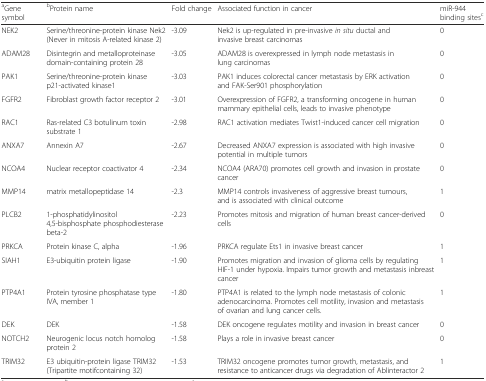
<table><thead><tr><td><b><sup>a</sup>Gene symbol</b></td><td><b><sup>b</sup>Protein name</b></td><td><b>Fold change</b></td><td><b>Associated function in cancer</b></td><td><b>miR-944 binding sites<sup>c</sup></b></td></tr></thead><tbody><tr><td>NEK2</td><td>Serine/threonine-protein kinase Nek2 (Never in mitosis A-related kinase 2)</td><td>-3.09</td><td>Nek2 is up-regulated in pre-invasive <i>in situ</i> ductal and invasive breast carcinomas</td><td>0</td></tr><tr><td>ADAM28</td><td>Disintegrin and metalloproteinase domain-containing protein 28</td><td>-3.05</td><td>ADAM28 is overexpressed in lymph node metastasis in lung carcinomas</td><td>0</td></tr><tr><td>PAK1</td><td>Serine/threonine-protein kinase p21-activated kinase1</td><td>-3.03</td><td>PAK1 induces colorectal cancer metastasis by ERK activation and FAK-Ser901 phosphorylation</td><td>0</td></tr><tr><td>FGFR2</td><td>Fibroblast growth factor receptor 2</td><td>-3.01</td><td>Overexpression of FGFR2, a transforming oncogene in human mammary epithelial cells, leads to invasive phenotype</td><td>0</td></tr><tr><td>RAC1</td><td>Ras-related C3 botulinum toxin substrate 1</td><td>-2.98</td><td>RAC1 activation mediates Twist1-induced cancer cell migration</td><td>0</td></tr><tr><td>ANXA7</td><td>Annexin A7</td><td>-2.67</td><td>Decreased ANXA7 expression is associated with high invasive potential in multiple tumors</td><td>0</td></tr><tr><td>NCOA4</td><td>Nuclear receptor coactivator 4</td><td>-2.34</td><td>NCOA4 (ARA70) promotes cell growth and invasion in prostate cancer</td><td>0</td></tr><tr><td>MMP14</td><td>matrix metallopeptidase 14</td><td>-2.3</td><td>MMP14 controls invasiveness of aggressive breast tumours, and is associated with clinical outcome</td><td>1</td></tr><tr><td>PLCB2</td><td>1-phosphatidylinositol 4,5-bisphosphate phosphodiesterase beta-2</td><td>-2.23</td><td>Promotes mitosis and migration of human breast cancer-derived cells</td><td>0</td></tr><tr><td>PRKCA</td><td>Protein kinase C, alpha</td><td>-1.96</td><td>PRKCA regulate Ets1 in invasive breast cancer</td><td>1</td></tr><tr><td>SIAH1</td><td>E3-ubiquitin protein ligase</td><td>-1.90</td><td>Promotes migration and invasion of glioma cells by regulating HIF-1 under hypoxia. Impairs tumor growth and metastasis inbreast cancer</td><td>1</td></tr><tr><td>PTP4A1</td><td>Protein tyrosine phosphatase type IVA, member 1</td><td>-1.80</td><td>PTP4A1 is related to the lymph node metastasis of colonic adenocarcinoma. Promotes cell motility, invasion and metastasis of ovarian and lung cancer cells.</td><td>1</td></tr><tr><td>DEK</td><td>DEK</td><td>-1.58</td><td>DEK oncogene regulates motility and invasion in breast cancer</td><td>0</td></tr><tr><td>NOTCH2</td><td>Neurogenic locus notch homolog protein 2</td><td>-1.58</td><td>Plays a role in invasive breast cancer</td><td>0</td></tr><tr><td>TRIM32</td><td>E3 ubiquitin-protein ligase TRIM32 (Tripartite motifcontaining 32)</td><td>-1.53</td><td>TRIM32 oncogene promotes tumor growth, metastasis, and resistance to anticancer drugs via degradation of Ablinteractor 2</td><td>1</td></tr></tbody></table>